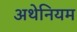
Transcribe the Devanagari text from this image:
अथेनियम